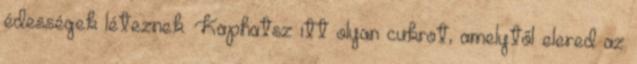
édességek léteznek. Kaphatsz itt olyan cukrot, amelytől elered az